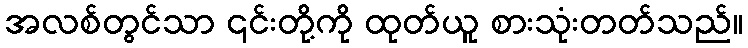
အလစ်တွင်သာ ၎င်းတို့ကို ထုတ်ယူ စားသုံးတတ်သည်။